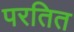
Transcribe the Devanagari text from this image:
परतित